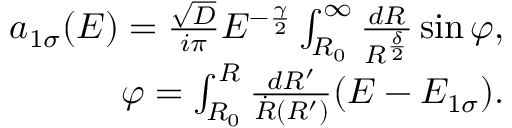
\begin{array} { r } { a _ { 1 \sigma } ( E ) = \frac { \sqrt { D } } { i \pi } E ^ { - \frac { \gamma } { 2 } } \int _ { R _ { 0 } } ^ { \infty } \frac { d R } { R ^ { \frac { \delta } { 2 } } } \sin \varphi , } \\ { \varphi = \int _ { R _ { 0 } } ^ { R } \frac { d R ^ { \prime } } { \dot { R } ( R ^ { \prime } ) } ( E - E _ { 1 \sigma } ) . } \end{array}